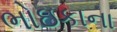
ભોઇકાના